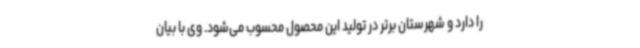
را دارد و شهرستان‌ برتر در تولید این محصول محسوب می‌شود. وی با بیان